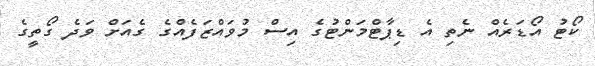
ކޯޓު އޯޑަރެއް ނެތި އެ ޑިޕާޓްމަންޓުގެ އިސް މުވައްޒަފެއްގެ ގެއަށް ވަދެ ގޯތީގެ